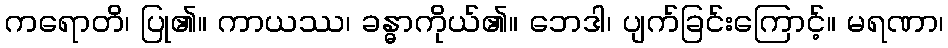
ကရောတိ၊ ပြု၏။ ကာယဿ၊ ခန္ဓာကိုယ်၏။ ဘေဒါ၊ ပျက်ခြင်းကြောင့်။ မရဏာ၊